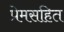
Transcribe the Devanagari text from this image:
प्रेमसहित